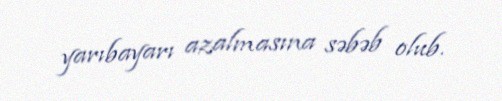
yarıbayarı azalmasına səbəb olub.